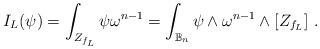
\begin{align*} I_L(\psi)=\int_{Z_{f_L}}\psi\omega^{n-1} =\int_{\mathbb B_n} \psi \wedge \omega^{n-1}\wedge [Z_{f_L}]\ .\end{align*}